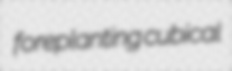
foreplanting cubical